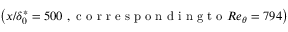
\left( x / \delta _ { 0 } ^ { * } = 5 0 0 \mathrm { ~ , ~ c ~ o ~ r ~ r ~ e ~ s ~ p ~ o ~ n ~ d ~ i ~ n ~ g ~ t ~ o ~ } R e _ { \theta } = 7 9 4 \right)